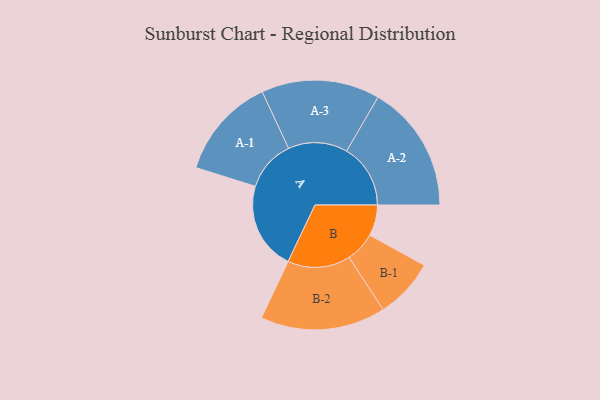
{"axis": {"x": "Segment", "y": "Value"}, "legend": ["", "A", "B"], "data": [{"x": "A", "y": 412, "type": ""}, {"x": "B", "y": 145, "type": ""}, {"x": "A-1", "y": 239, "type": "A"}, {"x": "A-2", "y": 300, "type": "A"}, {"x": "A-3", "y": 278, "type": "A"}, {"x": "B-1", "y": 141, "type": "B"}, {"x": "B-2", "y": 294, "type": "B"}]}